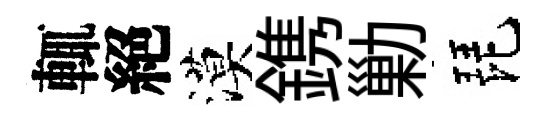
輒絕漠鎸勦琵